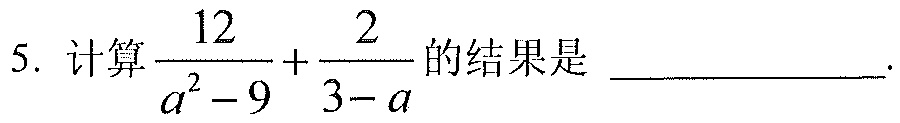
5. 计算\(\dfrac{12}{a^{2}-9}+\dfrac{2}{3 - a}\)的结果是  .